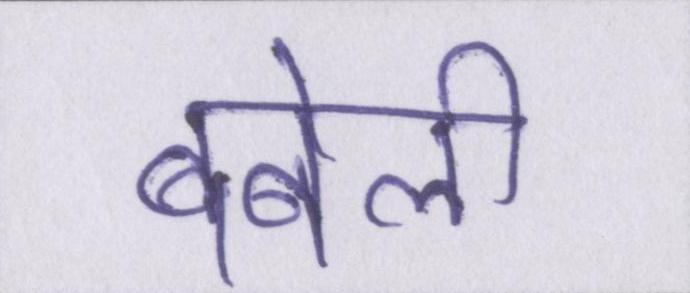
बबेली